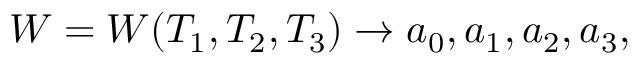
W = W ( T _ { 1 } , T _ { 2 } , T _ { 3 } ) \rightarrow a _ { 0 } , a _ { 1 } , a _ { 2 } , a _ { 3 } ,